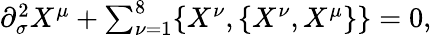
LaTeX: \begin{array}{lcr}{{\partial_{\sigma}^{2}X^{\mu}+\sum_{\nu=1}^{8}\{ X^{\nu},\{ X^{\nu},X^{\mu}\} \} =0,}}\end{array}